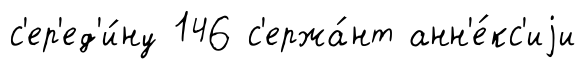
с'ер'ед'и́ну 146 с'ержа́нт анн'е́кс'иjи